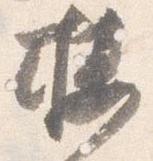
楼